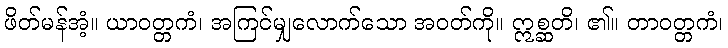
ဖိတ်မန်အံ့။ ယာဝတ္တကံ၊ အကြင်မျှလောက်သော အဝတ်ကို။ ဣစ္ဆတိ၊ ၏။ တာဝတ္တကံ၊